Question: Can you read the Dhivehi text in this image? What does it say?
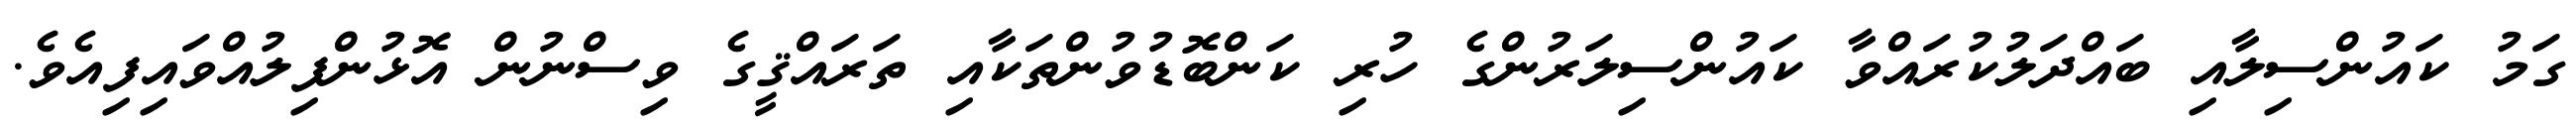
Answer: ގަމު ކައުންސިލާއި ބައްދަލުކުރައްވާ ކައުންސިލަރުންގެ ހުރި ކަންބޮޑުވުންތަކާއި ތަރައްޤީގެ ވިސްނުން އޮޅުންފިލުއްވައިފިއެވެ.